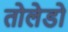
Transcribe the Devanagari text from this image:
तोलेडो